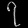
Digit: ၇